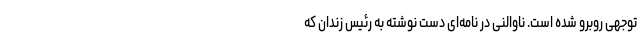
توجهی روبرو شده است. ناوالنی در نامه‌ای دست نوشته به رئیس زندان که